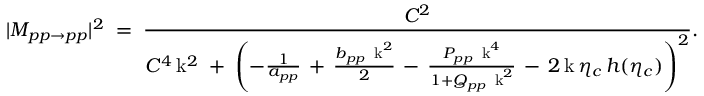
| M _ { p p \rightarrow p p } | ^ { 2 } \; = \; \frac { C ^ { 2 } } { C ^ { 4 } \, \mathrm { k } ^ { 2 } \; + \; \left( - \frac { 1 } { a _ { p p } } \, + \, \frac { b _ { p p } \, \mathrm { \scriptsize ~ k } ^ { 2 } } { 2 } \, - \, \frac { P _ { p p } \, \mathrm { \scriptsize ~ k } ^ { 4 } } { 1 + Q _ { p p } \, \mathrm { \scriptsize ~ k } ^ { 2 } } \, - \, 2 \, \mathrm { k } \, \eta _ { c } \, h ( \eta _ { c } ) \right) ^ { 2 } } .